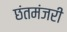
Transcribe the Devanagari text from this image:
छंतमंजरी